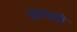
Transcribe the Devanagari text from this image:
खराठी